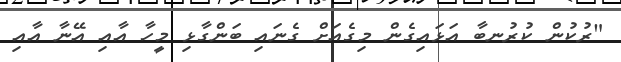
"ރުކުން ކުރުނބާ އަޅައިގެން މިގެއަށް ގެނައި ބަންގާޅި މީހާ އާއި އޭނާ އާއި